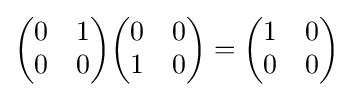
{\begin{pmatrix}0&1\\0&0\end{pmatrix}}{\begin{pmatrix}0&0\\1&0\end{pmatrix}}={\begin{pmatrix}1&0\\0&0\end{pmatrix}}